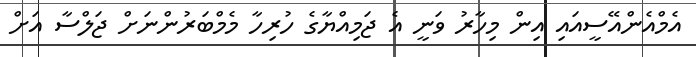
އެމްއެންއޭސީއައި އިން މިހާރު ވަނީ އެ ޖަމިއްޔާގެ ހުރިހާ މެމްބަރުންނަށް ޖަލްސާ އަށް